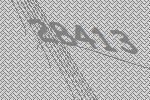
28413